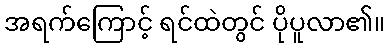
အရက်ကြောင့် ရင်ထဲတွင် ပိုပူလာ၏။